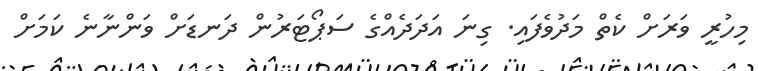
މިހުރީ ވަރަށް ކެތް މަދުވެފައި. ގިނަ އަދަދެއްގެ ސަޕޯޓަރުން ދަނޑަށް ވަންނާނެ ކަމަށް